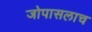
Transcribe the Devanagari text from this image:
जोपासलाच